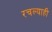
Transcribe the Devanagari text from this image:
रचल्याही